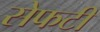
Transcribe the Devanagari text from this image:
सेफटी